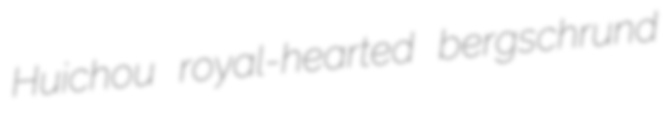
Huichou royal-hearted bergschrund